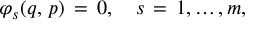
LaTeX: \varphi _ { s } ( q , \, p ) \, = \, 0 , \quad s \, = \, 1 , \dots , m ,